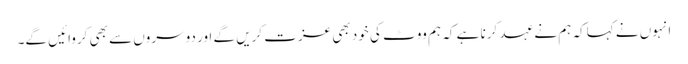
انہوں نے کہاکہ ہم نے عہد کرنا ہے کہ ہم ووٹ کی خود بھی عزت کریں گے اور دوسروں سے بھی کروائیں گے۔